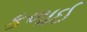
કળાઈ